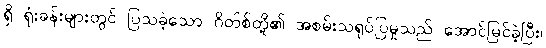
ရှိ ရုံးခန်းများတွင် ပြသခဲ့သော ဂိတ်စ်တို့၏ အစမ်းသရုပ်ပြမှုသည် အောင်မြင်ခဲ့ပြီး၊